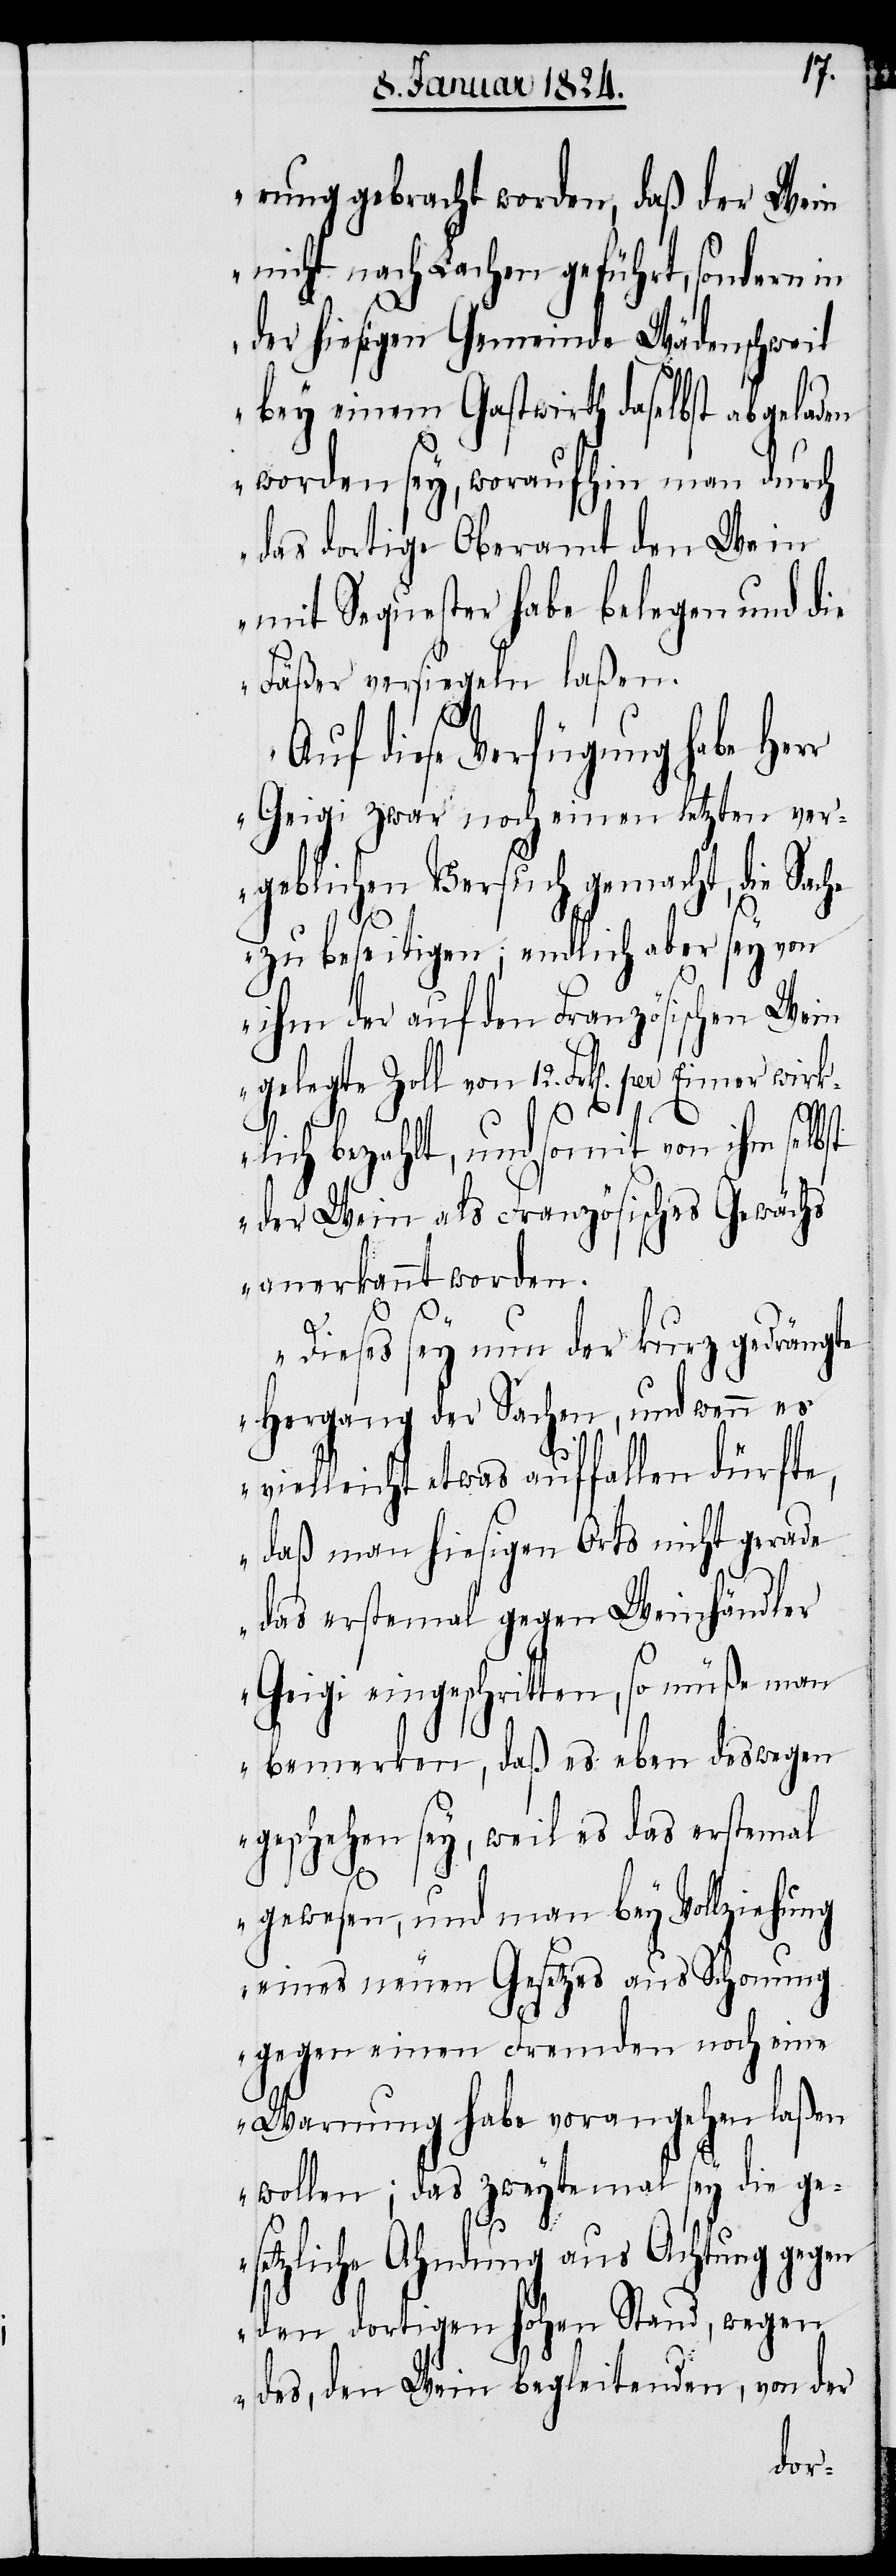
rung gebracht worden, daß der Wein
nicht nach Lachen geführt, sondern in
der hiesigen Gemeinde Wädenschweil
bey einem Gastwirth daselbst abgela¬
worden sey, woraufhin man durch
das dortige Oberamt den Wein
mit Sequester habe belegen und die
Fäßer versiegeln laßen.
Auf diese Verfügung habe Her¬
r Geigi zwar noch einen letzten ver¬
geblichen Versuch gemacht, die Sache
zu beseitigen; endlich aber sey von
ihm der auf den Französischen Wein
gelegte Zoll von 12. Frk[en]. per Eimer
klich bezahlt, und somit von ihm selbst
der Wein als Französisches Gewächs
anerkannt worden.
Dieses sey nun der kurz gedrängte
Hergang der Sachen, und wenn es
vielleicht etwas auffallen dürfte,
daß man hiesigen Orts nicht gerade
das erstemal gegen Weinhändler
Geigi eingeschritten, so müße man
bemerken, daß es eben deswegen
geschehen sey, weil es das erstemal
gewesen, und man bey Vollziehung
eines neuen Gesetzes aus Schonung
gegen einen Fremden noch eine
Warnung habe vorangehen laßen
wollen; das zweyte mal sey die ge¬
setzliche Ahndung aus Achtung gegen
den dortigen hohen Stand, wegen
des, den Wein begleitenden, von der
wir¬